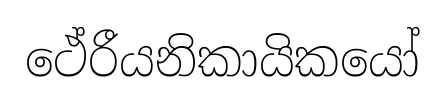
ථේරීයනිකායිකයෝ